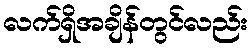
လက်ရှိအချိန်တွင်လည်း